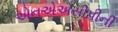
એનએએસીપીની